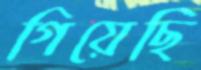
গিয়েছি